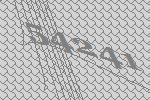
54241